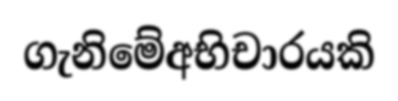
ගැනිමේඅභිචාරයකි